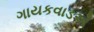
ગાયકવાડએ